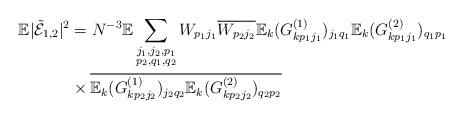
LaTeX: \begin{align*}\mathbb{E}|\tilde{\mathcal{E}}_{1,2}|^{2} &= N^{-3}\mathbb{E}\sum_{\substack{j_1,j_2,p_1\\p_2,q_1,q_2}}W_{p_1j_1}\overline{W_{p_2j_2}}\mathbb{E}_{k}(G^{(1)}_{kp_1j_1})_{j_1q_1}\mathbb{E}_{k}(G^{(2)}_{kp_1j_1})_{q_1p_1}\\&\times\overline{\mathbb{E}_{k}(G^{(1)}_{kp_2j_2})_{j_2q_2}}\overline{\mathbb{E}_{k}(G^{(2)}_{kp_2j_2})_{q_2p_2}}\end{align*}